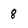
Character: 8